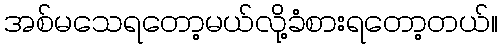
အစ်မသေရတော့မယ်လို့ခံစားရတော့တယ်။